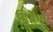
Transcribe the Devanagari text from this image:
डिबैंगो